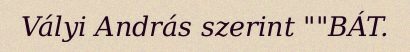
Vályi András szerint ""BÁT.